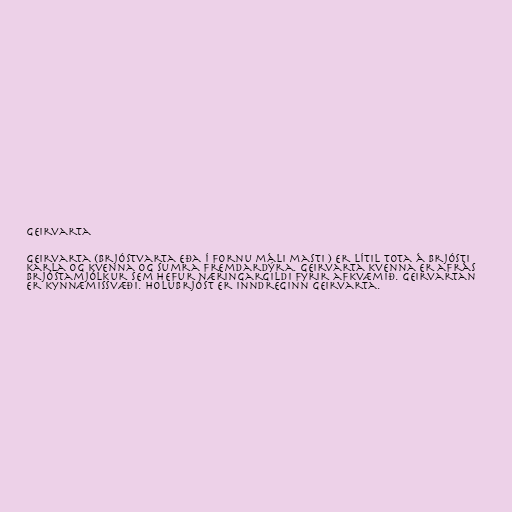
Geirvarta

Geirvarta (brjóstvarta eða í fornu máli masti ) er lítil tota á brjósti
karla og kvenna og sumra fremdardýra. Geirvarta kvenna er afrás
brjóstamjólkur sem hefur næringargildi fyrir afkvæmið. Geirvartan
er kynnæmissvæði. Holubrjóst er inndreginn geirvarta.